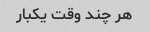
هر چند وقت یکبار